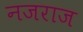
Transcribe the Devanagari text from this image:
नजराज